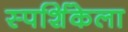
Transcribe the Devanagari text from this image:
स्पर्शिकेला